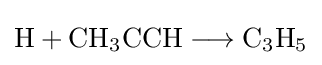
{\mathrm {H} {}+{}\mathrm {CH} {\vphantom {A}}_{\smash[{t}]{3}}\mathrm {CCH} {}\mathrel {\longrightarrow } {}\mathrm {C} {\vphantom {A}}_{\smash[{t}]{3}}\mathrm {H} {\vphantom {A}}_{\smash[{t}]{5}}}